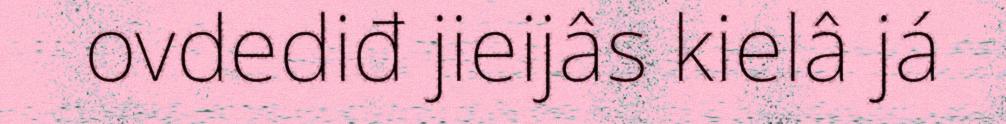
ovdediđ jieijâs kielâ já